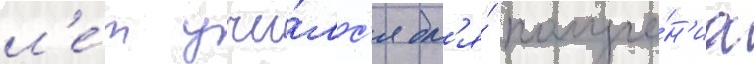
л'е́т учи́лс'я дл'я́ получе́н'иа